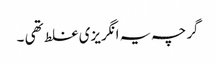
گرچہ یہ انگریزی غلط تھی ۔